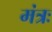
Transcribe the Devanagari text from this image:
मंत्रः